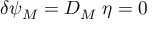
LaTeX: \delta \psi _ { M } = D _ { M } \; \eta = 0